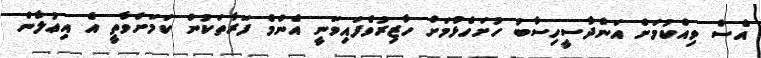
އެސް ވިއްކުމަށް އަންދާސީހިސާބު ހުށަހެޅުމަށް ހާޒިރުވެފައިވަނީ އެންމެ ފަރާތަކުން ކަމަށްވާތީ އެ އިޢުލާން